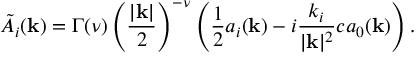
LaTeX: \tilde { A } _ { i } ( { \bf k } ) = \Gamma ( \nu ) \left( { \frac { | { \bf k } | } { 2 } } \right) ^ { - \nu } \left( { \frac { 1 } { 2 } } a _ { i } ( { \bf k } ) - i { \frac { k _ { i } } { | { \bf k } | ^ { 2 } } } c a _ { 0 } ( { \bf k } ) \right) .